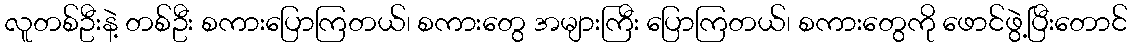
လူတစ်ဦးနဲ့ တစ်ဦး စကားပြောကြတယ်၊ စကားတွေ အများကြီး ပြောကြတယ်၊ စကားတွေကို ဖောင်ဖွဲ့ပြီးတောင်